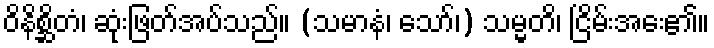
ဝိနိစ္ဆိတံ၊ ဆုံးဖြတ်အပ်သည်။ (သမာနံ၊ သော်၊) သမ္မတိ၊ ငြိမ်းအေး၏။